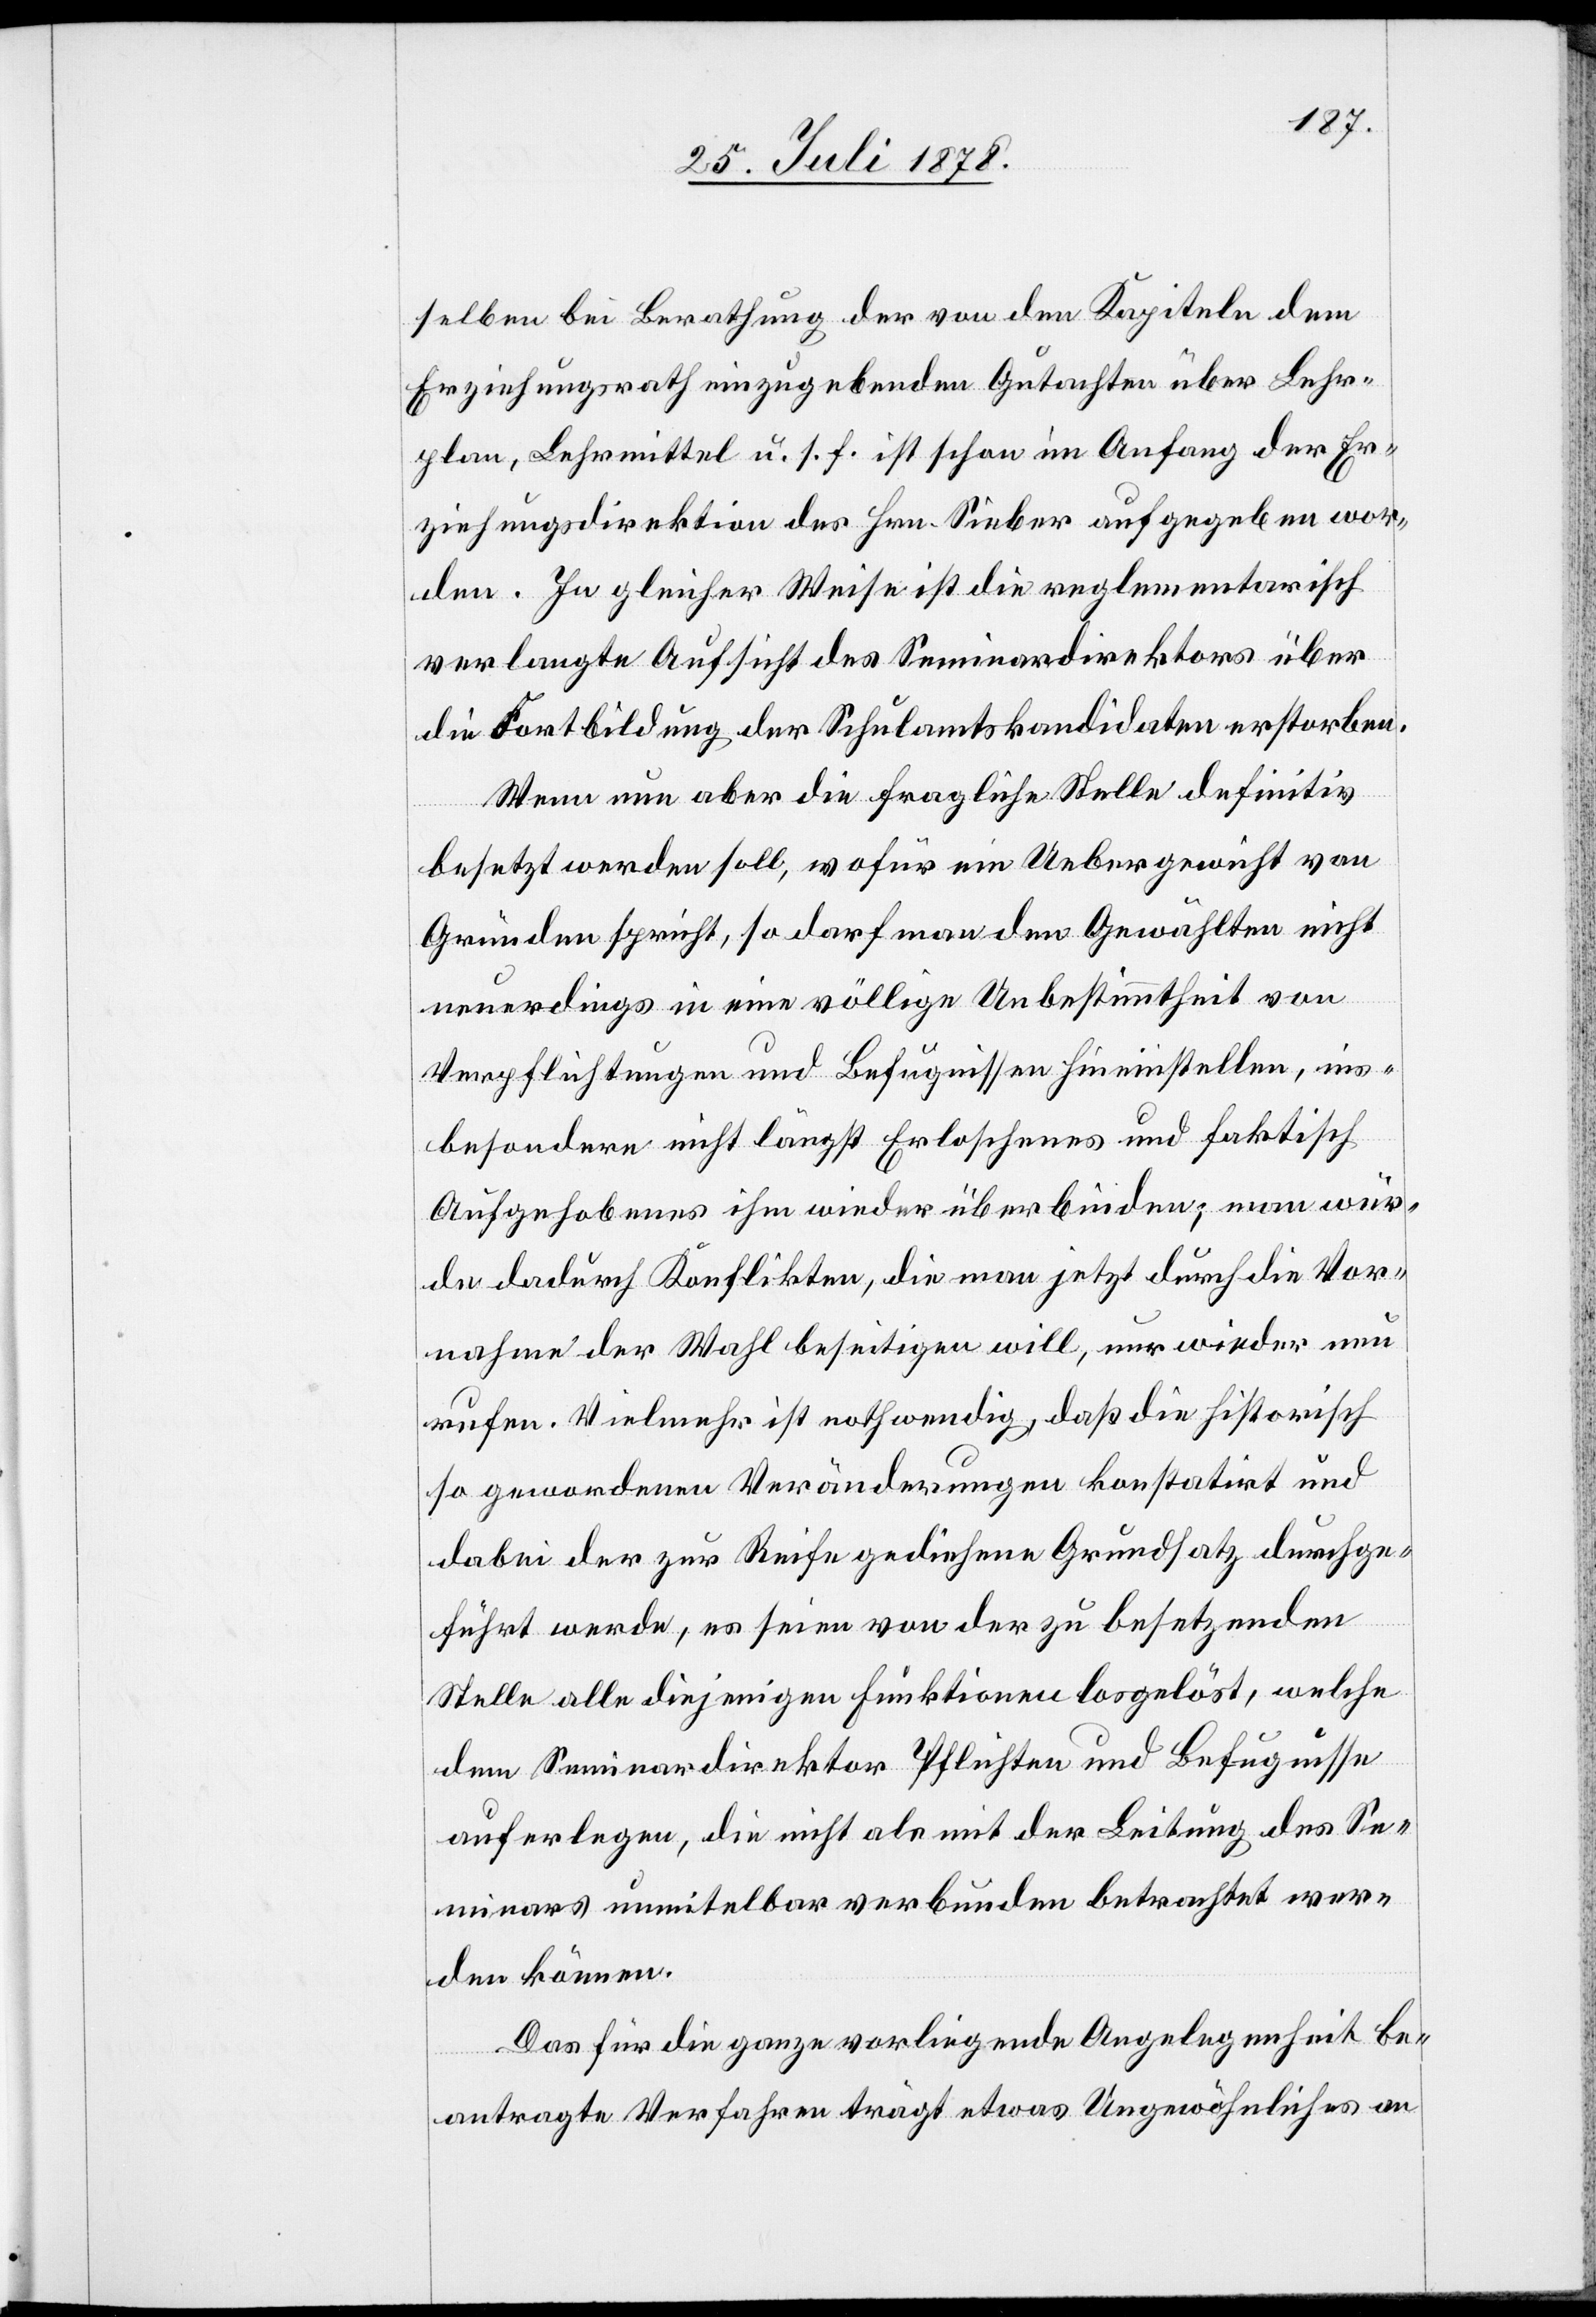
selben die Berathung der von den Kapiteln dem
Erziehungsrath einzugebenden Gutachten über Lehr¬
plan, Lehrmittel u. s. f. ist schon im Anfang der Er¬
ziehungsdirektion des Hrn. Sieber aufgegeben wor¬
den. In gleicher Weise ist die reglementarisch
verlangte Aufsicht des Seminardirektors über
die Fortbildung der Schulamtskandidaten erstorben.
Wenn nun aber die fragliche Stelle definitiv
besetzt werden soll, wofür ein Uebergewicht von
Gründen spricht, so darf man den Gewählten nicht
neuerdings in eine völlige Unbestimmtheit von
Verpflichtungen und Befugnissen hineinstellen, ins¬
besondere nicht längst Erloschenes und faktisch
Aufgehobenes ihm wieder überbinden; man wür¬
de dadurch Konflikten, die man jetzt durch die Vor¬
nahme der Wahl beseitigen will, nur wieder neu
rufen. Vielmehr ist nothwendig, daß die historisch
so gewordenen Veränderungen konstatirt und
dabei der zur Reife gediehene Grundsatz durchge¬
führt werde, es seien von der zu besetzenden
Stelle alle diejenigen Funktionen losgelöst, welche
dem Seminardirektor Pflichten und Befugnisse
auferlegen, die nicht als mit der Leitung des Se¬
minars unmittelbar verbunden betrachtet wer¬
den können.
Das für die ganze vorliegende Angelegenheit be¬
antragte Verfahren trägt etwas Ungewöhnliches an